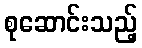
စုဆောင်းသည့်